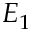
E _ { 1 }